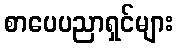
စာပေပညာရှင်များ